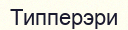
Типперэри